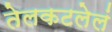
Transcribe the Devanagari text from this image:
तेलकटलेलं